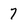
Character: 7